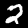
Label: 2